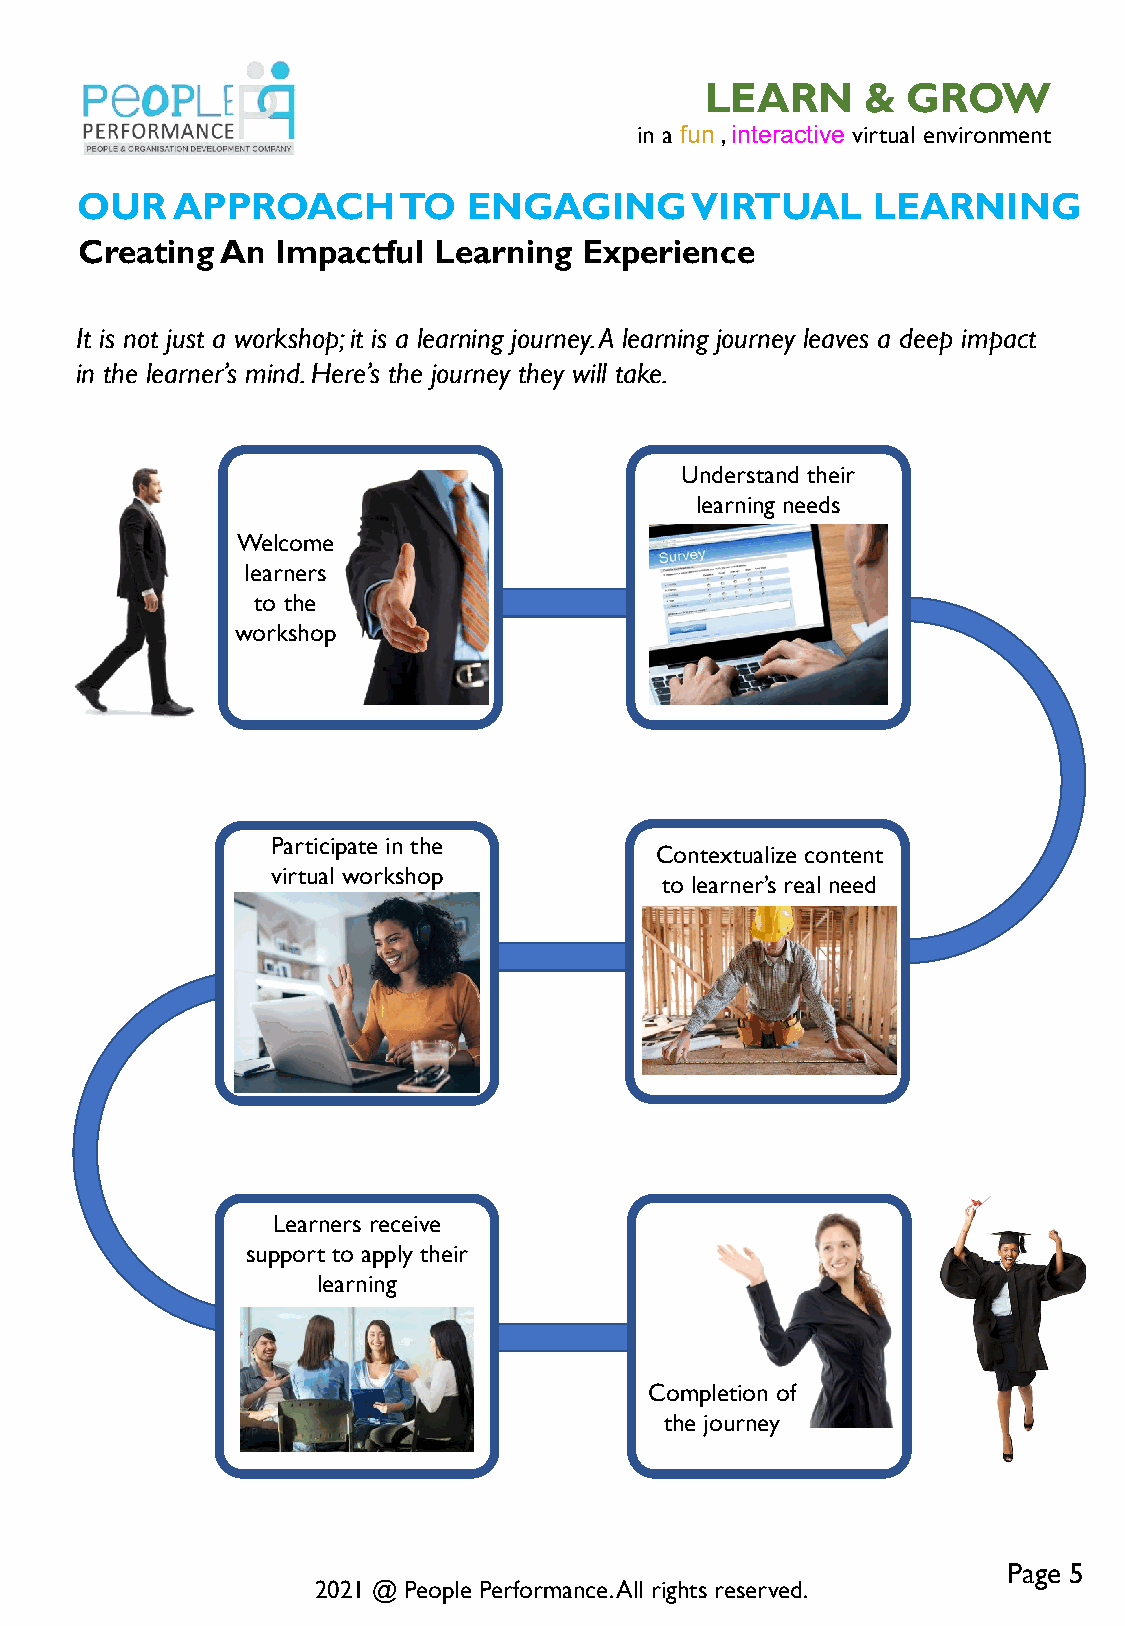
LEARN     &  GROW
 in a fun , interactive virtual environment
 OUR   APPROACH       TO   ENGAGING       VIRTUAL     LEARNING
 Creating  An Impactful  Learning  Experience
 It is not just a workshop; it is a learning journey. A learning journey leaves a deep impact
 in the learner’s mind. Here’s the journey they will take.
 Understand their
 learning needs
 Welcome
 learners
 to the
 workshop
 Participate in the
 Contextualize content
 virtual workshop
 to learner’s real need
 Learners receive
 support to apply their
 learning
 Completion of
 the journey
 Page 5
 2021 @ People Performance. All rights reserved.